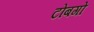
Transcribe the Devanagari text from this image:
टोबगो